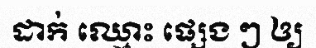
ដាក់ ឈ្មោះ ផ្សេង ៗ ឲ្យ